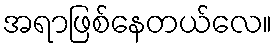
အရာဖြစ်နေတယ်လေ။